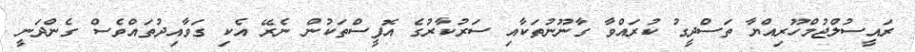
ރައީސުލްޖުމްހޫރިއްޔާ ތަސްދީގު ކުރައްވާ ގާނޫނުތަކާއި ސަރުކާރުގެ އޮފީސްތަކުން ނެރޭ އެކި ގަވާއިދުތައްވެސް ގެންދަނީ